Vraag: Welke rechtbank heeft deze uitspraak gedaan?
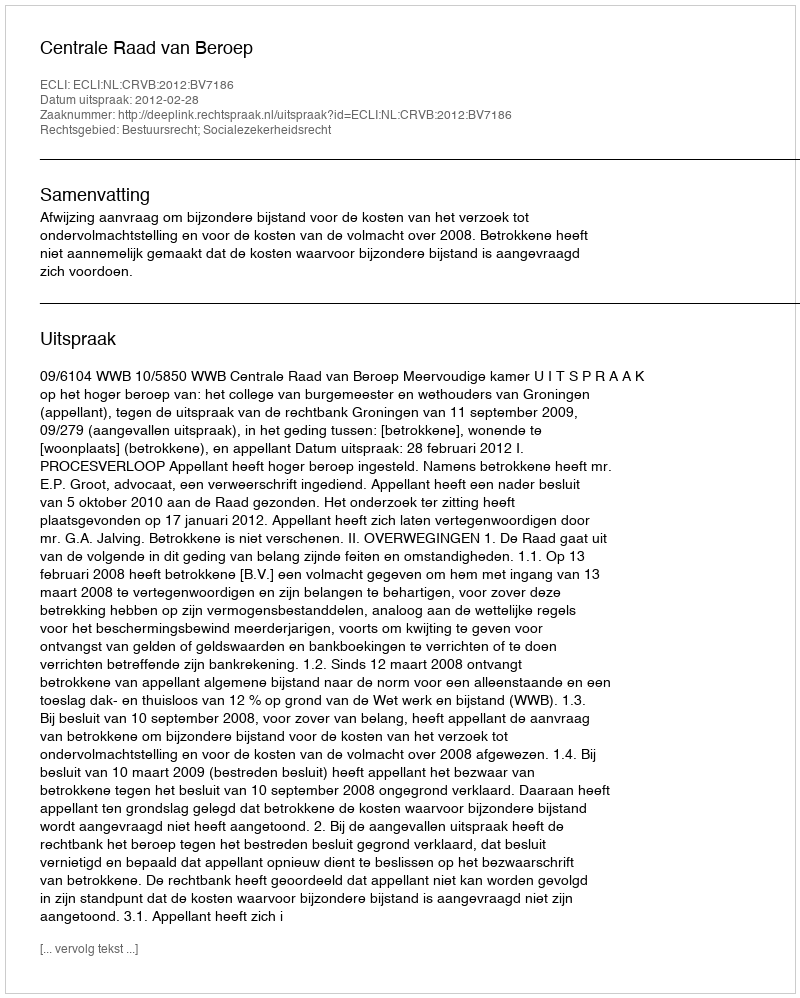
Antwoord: Centrale Raad van Beroep